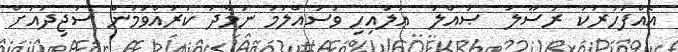
އެއްފަހަރަކު ރަސޫލު  ޞައްލަ  ޢަލައިހި ވަސައްލަމަ ނަމާދު ކުރައްވަމުން ސަޖިދައަށް